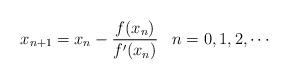
LaTeX: \begin{align*} x_{n+1}=x_n-\frac{f(x_n)}{f'(x_n)}\,\,\,\,\, n= 0, 1, 2, \cdots\end{align*}